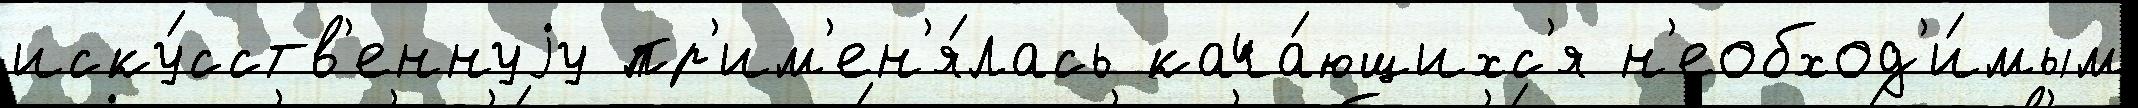
иску́сств'еннуjу пр'им'ен'я́лась кача́ющихс'я н'еобход'и́мым